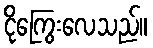
ငိုကြွေးလေသည်။